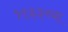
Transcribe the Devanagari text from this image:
१९३३च्या